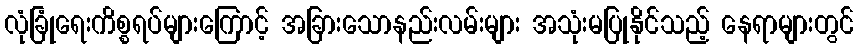
လုံခြုံရေးကိစ္စရပ်များကြောင့် အခြားသောနည်းလမ်းများ အသုံးမပြုနိုင်သည့် နေရာများတွင်